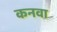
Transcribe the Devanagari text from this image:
कनवा